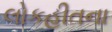
લોકહીતના